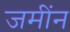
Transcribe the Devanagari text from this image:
जमींन